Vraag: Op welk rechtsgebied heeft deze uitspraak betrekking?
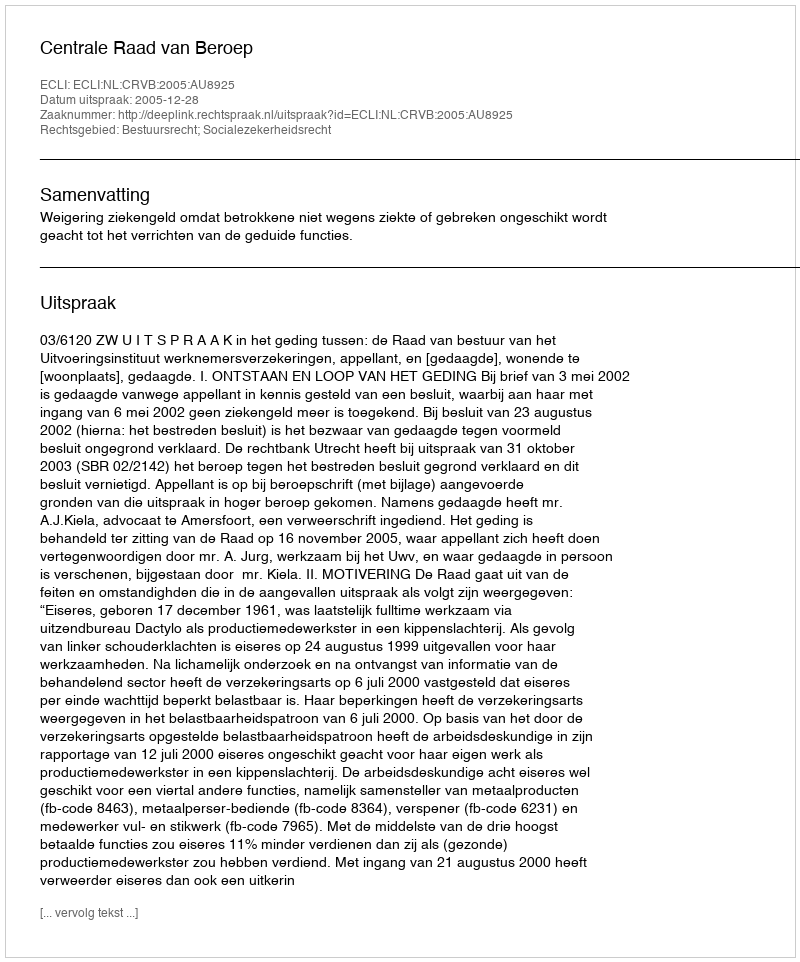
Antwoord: Bestuursrecht; Socialezekerheidsrecht